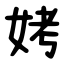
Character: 㛈